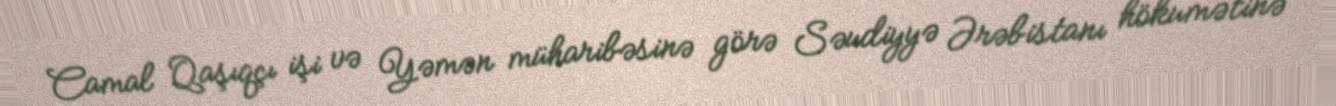
Camal Qaşıqçı işi və Yəmən müharibəsinə görə Səudiyyə Ərəbistanı hökumətinə